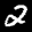
Label: 2